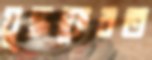
যুদ্ধফেরত